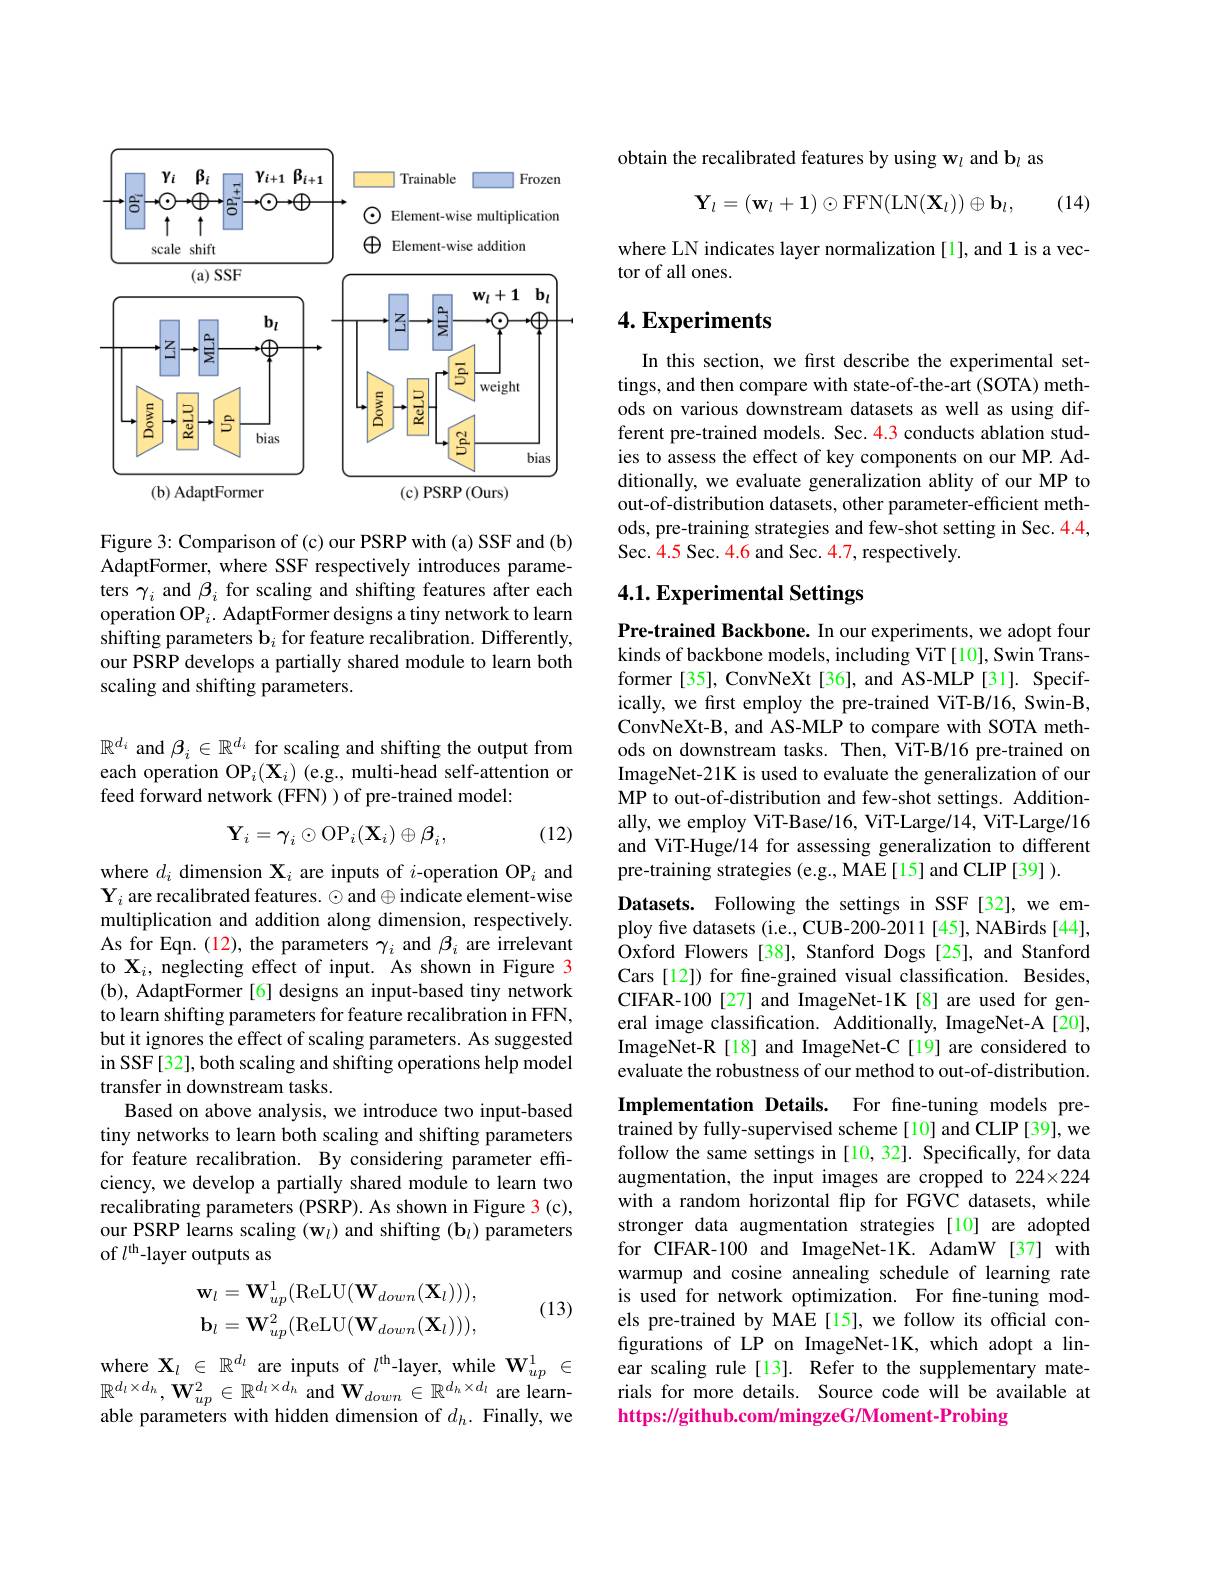
<FigureHere>

Figure 3: Comparison of (c) our PSRP with (a) SSF and (b) AdaptFormer, where SSF respectively introduces parameters $\gamma_i$ and $\beta_i$ for scaling and shifting features after each operation OP$_i.$ AdaptFormer designs a tiny network to learn shifting parameters b$_i$ for feature recalibration. Differently, our PSRP develops a partially shared module to learn both scaling and shifting parameters.

$\mathbb{R}^{d_i}$ and $\beta_i\in\mathbb{R}^d_i$ for scaling and shifting the output from each operation OP$_i(\mathbf{X}_i)$ (e.g., multi-head self-attention or feed forward network (FFN) ) of pre-trained model:

(12)
$$\mathbf{Y}_i=\gamma_i\odot\mathrm{OP}_i(\mathbf{X}_i)\oplus\beta_i,$$
where $d_i$ dimension $\mathbf{X}_i$ are inputs of $i\text{-operation OP}_i$ and $\mathbf{Y}_{i}$ are recalibrated features. $\odot$ and$\oplus$indicate element-wise multiplication and addition along dimension, respectively. As for Eqn. (12), the parameters $\gamma_i$ and $\beta_i$ are irrelevant to $\mathbf{X}_i$, neglecting effect of input. As shown in Figure 3 (b), AdaptFormer[6] designs an input-based tiny network to learn shifting parameters for feature recalibration in FFN, but it ignores the effect of scaling parameters. As suggested in SSF[32], both scaling and shifting operations help model transfer in downstream tasks.
Based on above analysis, we introduce two input-based tiny networks to learn both scaling and shifting parameters for feature recalibration. By considering parameter effciency, we develop a partially shared module to learn two recalibrating parameters (PSRP). As shown in Figure 3 (c), our PSRP learns scaling $(\mathbf{w}_l)$ and shifting (b$_l)$ parameters of $l^\mathrm{th}$-layer outputs as
$$\mathbf{w}_{l}=\mathbf{W}_{up}^{1}(\mathrm{ReLU}(\mathbf{W}_{down}(\mathbf{X}_{l}))),\\\mathbf{b}_{l}=\mathbf{W}_{up}^{2}(\mathrm{ReLU}(\mathbf{W}_{down}(\mathbf{X}_{l}))),$$
(13)

where $\mathbf{X}_l\in\mathbb{R}^{d_l}$ are inputs of $l^\mathrm{th}$-layer, while $\mathbf{W}_up^1\in$ $\mathbb{R}^{d_{l}\times d_{h}},\mathbf{W}_{up}^{2}\in\mathbb{R}^{d_{l}\times d_{h}}$ and $\mathbf{W}_down\in\mathbb{R}^{d_{h}\times d_{l}}$ are learnable parameters with hidden dimension of $d_h.$ Finally, we

obtain the recalibrated features by using w$_l$ and b$_l$ as
$$\mathbf{Y}_l=(\mathbf{w}_l+\mathbf{1})\odot\mathrm{FFN}(\mathrm{LN}(\mathbf{X}_l))\oplus\mathbf{b}_l,$$
(14)

where LN indicates layer normalization [1], and 1 is a vec-
tor of all ones.

## $4. \textbf{Experiments}$

In this section, we first describe the experimental settings, and then compare with state-of-the-art (SOTA) methods on various downstream datasets as well as using different pre-trained models. Sec. 4.3 conducts ablation studies to assess the effect of key components on our MP. Additionally, we evaluate generalization ablity of our MP to out-of-distribution datasets, other parameter-efficient methods, pre-training strategies and few-shot setting in Sec. 4.4, Sec. 4.5 Sec. 4.6 and Sec. 4.7, respectively.

# 4.1. Experimental Settings

Pre-trained Backbone. In our experiments, we adopt four kinds of backbone models, including ViT[10], Swin Transformer [35], ConvNeXt [36], and AS-MLP [31]. Specifically, we first employ the pre-trained ViT-B/16, Swin-B, ConvNeXt-B, and AS-MLP to compare with SOTA methods on downstream tasks. Then, ViT-B/16 pre-trained on ImageNet-21K is used to evaluate the generalization of our MP to out-of-distribution and few-shot settings. Additionally, we employ ViT-Base/16, ViT-Large/14, ViT-Large/16 and ViT-Huge/14 for assessing generalization to different pre-training strategies (e.g., MAE[15] and CLIP[39] ).
Datasets. Following the settings in SSF[32],we employ five datasets (i.e., CUB-200-2011 [45], NABirds [44], Oxford Flowers [38], Stanford Dogs [25], and Stanford Cars [12]) for fne-grained visual classification. Besides, CIFAR-100[27] and ImageNet-1K[8] are used for general image classification. Additionally, ImageNet-A[20], ImageNet-R [18] and ImageNet-C [19] are considered to evaluate the robustness of our method to out-of-distribution. Implementation Details. For fine-tuning models pretrained by fully-supervised scheme[10] and CLIP[39], we follow the same settings in [10, 32]. Specifically, for data augmentation, the input images are cropped to 224×224 with a random horizontal flip for FGVC datasets, while stronger data augmentation strategies [10] are adopted for CIFAR-100 and ImageNet-1K. AdamW [37] with warmup and cosine annealing schedule of learning rate is used for network optimization. For fine-tuning models pre-trained by MAE [15], we follow its official configurations of LP on ImageNet-1K, which adopt a linear scaling rule[13]. Refer to the supplementary materials for more details. Source code will be available at https://github.com/mingzeG/Moment-Probing